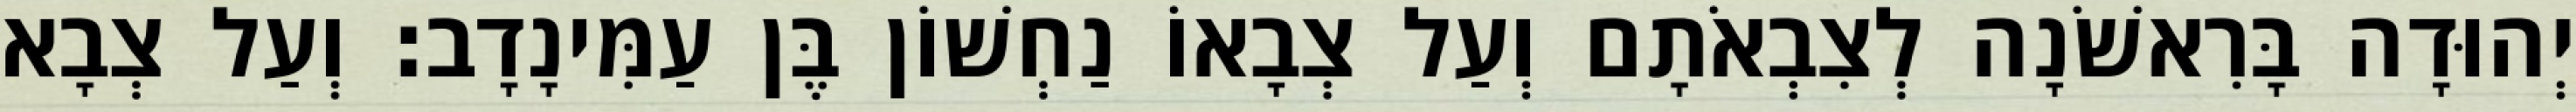
יְהוּדָה בָּרִאשֹׁנָה לְצִבְאֹתָם וְעַל צְבָאוֹ נַחְשׁוֹן בֶּן עַמִּינָדָב׃ וְעַל צְבָא